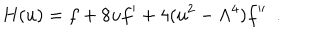
H ( u ) = f + 8 u f ^ { \prime } + 4 ( u ^ { 2 } - \Lambda ^ { 4 } ) f ^ { \prime \prime } \ \ .